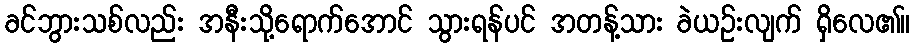
ခင်ဘွားသစ်လည်း အနီးသို့ရောက်အောင် သွားရန်ပင် အတန့်သား ခဲယဉ်းလျက် ရှိလေ၏။